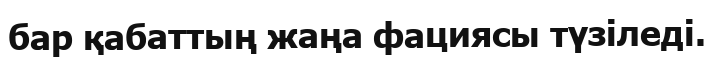
бар қабаттың жаңа фациясы түзіледі.